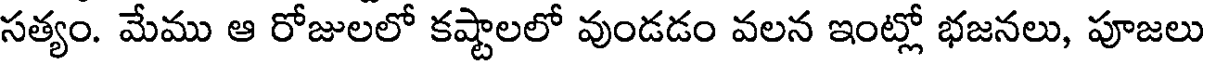
సత్యం. మేము ఆ రోజులలో కష్టాలలో వుండడం వలన ఇంట్లో భజనలు, పూజలు